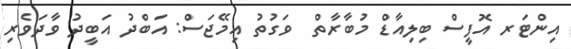
އިންޓަރ އޮފީސް ބިލިއާޑް މުބާރާތް  ވަގުތު އިމޭޖަސް: އަބްދު އަބީދު ވާދަވެރި